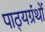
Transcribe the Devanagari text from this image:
पाठ्यग्रंथों